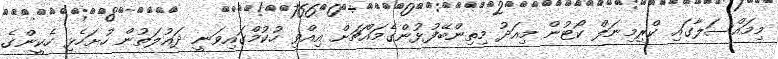
މިމައްސަލާގައި ކްރިމިނަލް ކޯޓުން މިއަދު މިތިންބޭފުޅުންގެމައްޗަށް އިއްވި ހުކުމްގައިވަނީ ދައުލަތުން ހުށަހެޅި ހެކީންގެ